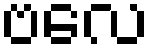
ဗလေ